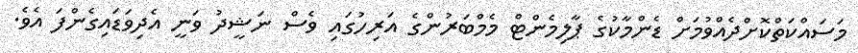
މަސައްކަތްކޮށްދެއްވުމަށް ޑެންމާކުގެ ޕާލިމެންޓް މެމްބަރުންގެ އަރިހުގައި ވެސް ނަޝީދު ވަނީ އެދިވަޑައިގެންފަ އެވެ.